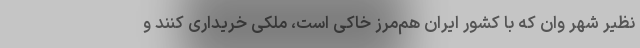
نظیر شهر وان که با کشور ایران هم‌مرز خاکی است، ملکی خریداری کنند و